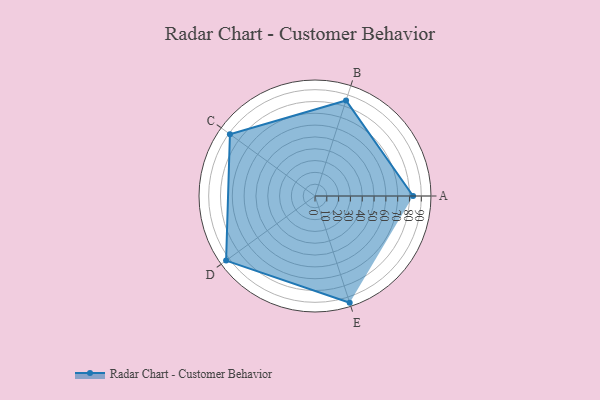
{"axis": {"x": "Skill", "y": "Score"}, "legend": ["Profile"], "data": [{"x": "A", "y": 83.0, "type": "Profile"}, {"x": "B", "y": 85.0, "type": "Profile"}, {"x": "C", "y": 89.0, "type": "Profile"}, {"x": "D", "y": 93.0, "type": "Profile"}, {"x": "E", "y": 95.0, "type": "Profile"}]}